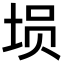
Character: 埙